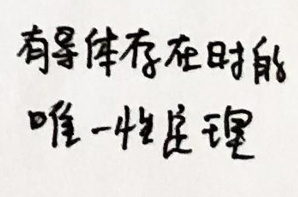
有导体存在时能唯一性定理